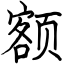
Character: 额